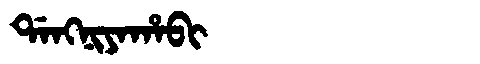
Manchu: ᡩᠠᠩᠨᡳᠶᠠᡥᠠᠪᡳ
Romanization: DANGNIYAHABI